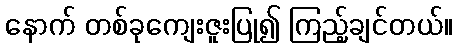
နောက် တစ်ခုကျေးဇူးပြု၍ ကြည့်ချင်တယ်။